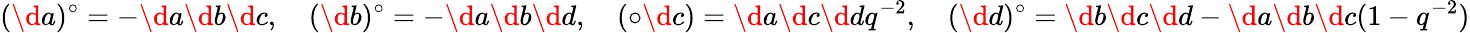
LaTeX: (\d a)^{\circ}=-\d a\d b\d c,\quad(\d b)^{\circ}=-\d a\d b\d d,\quad(\circ\d c)=\d a\d c\d dq^{-2},\quad(\d d)^{\circ}=\d b\d c\d d-\d a\d b\d c(1-q^{-2})